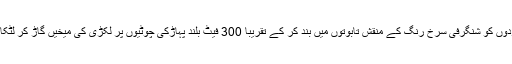
یہ افراد اپنے مردوں کو شنگرفی سرخ رنگ کے منقش تابوتوں میں بند کر کے تقریباً 300 فیٹ بلند پہاڑکی چوٹیوں پر لکڑی کی میخیں گاڑ کر لٹکا دیا کرتے تھے۔